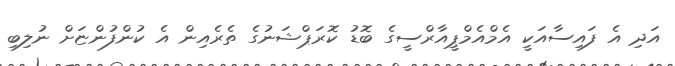
އަދި އެ ފައިސާއަކީ އެމްއެމްޕީއާރްސީގެ ބޮޑު ކޮރަޕްޝަނުގެ ތެރެއިން އެ ކުންފުންޏަށް ނުލިބި